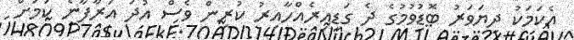
އެކަމަކު ދިޔަވަރު ބޮޑުވުމުގެ ދެ ގަޑިއިރެއްހާއިރު ކުރިން ވެސް އުދަ އަރާފާނެ ކަމަށް